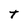
Character: t